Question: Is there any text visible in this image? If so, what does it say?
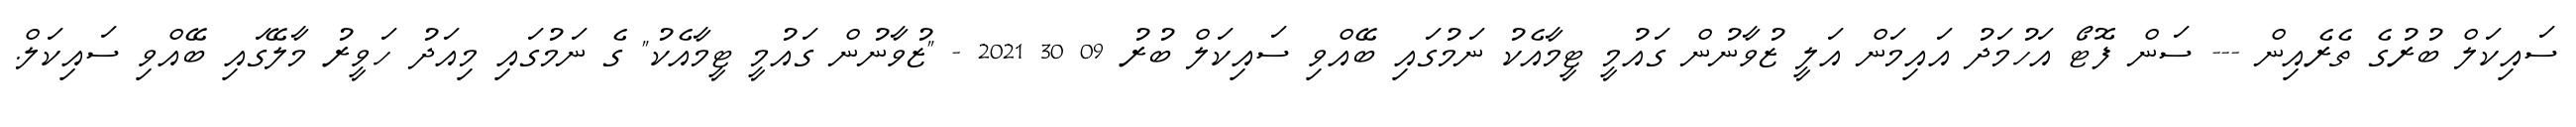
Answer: ސައިކަލް ބުރުގެ ތެރެއިން --- ސަން ފޮޓޯ އަހުމަދު އައިމަން އަލީ ޒުވާނުން ގައުމީ ޓީމާއެކު ނަމުގައި ބޭއްވި ސައިކަލް ބުރު 09 30 2021 - "ޒުވާނުން ގައުމީ ޓީމާއެކު" ގެ ނަމުގައި މިއަދު ހަވީރު މާލޭގައި ބޭއްވި ސައިކަލް.